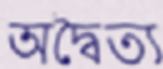
অদ্বৈত্য